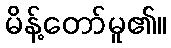
မိန့်တော်မူ၏။